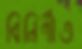
বিনির্ণীত